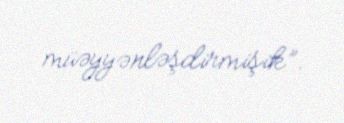
müəyyənləşdirmişik”.